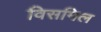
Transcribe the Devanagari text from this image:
विसमिल